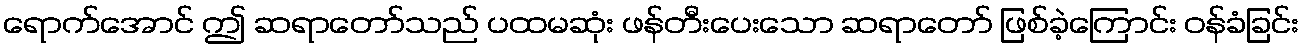
ရောက်အောင် ဤ ဆရာတော်သည် ပထမဆုံး ဖန်တီးပေးသော ဆရာတော် ဖြစ်ခဲ့ကြောင်း ဝန်ခံခြင်း